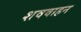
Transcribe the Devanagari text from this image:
शववाहन